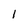
Character: l